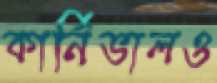
কার্নিভালও